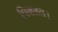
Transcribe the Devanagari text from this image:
पिक्सल।